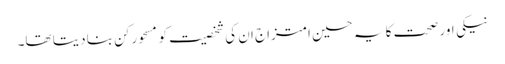
نیکی اور صحت کا یہ حسین امتزاج ان کی شخصیت کو مسحورکن بنا دیتا تھا۔